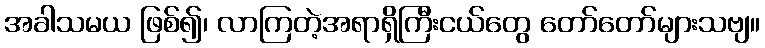
အခါသမယ ဖြစ်၍၊ လာကြတဲ့အရာရှိကြီးငယ်တွေ တော်တော်များသဗျ။